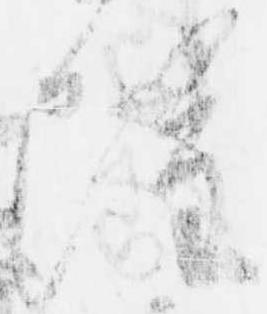
雖